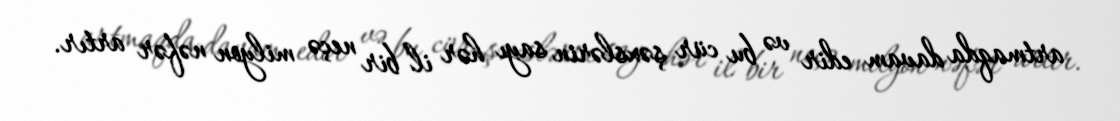
artmaqda davam edir və bu cür şəxslərin sayı hər il bir neçə milyon nəfər artır.